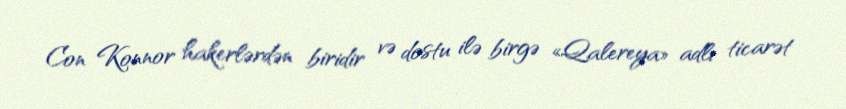
Con Konnor hakerlərdən biridir və dostu ilə birgə «Qalereya» adlı ticarət